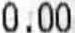
0.00